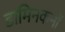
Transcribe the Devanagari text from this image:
डामिनकनों